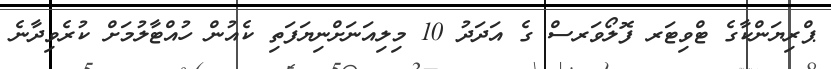
ޕްރިޔަންކާގެ ޓްވިޓަރ ފޮލޯވަރސް ގެ އަދަދު 10 މިލިއަނަށްނިޔަފަތި ކެއުން ހުއްޓާލުމަށް ކުރެވިދާނެ